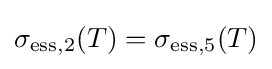
\sigma _{\mathrm {ess} ,2}(T)=\sigma _{\mathrm {ess} ,5}(T)